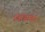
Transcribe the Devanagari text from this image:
विज़िटिग